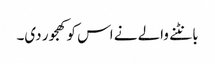
بانٹنے والے نے اس کو کھجور دی۔